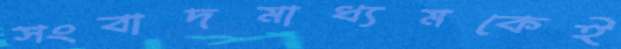
সংবাদমাধ্যমকেই